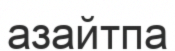
азайтпа